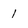
Character: 1